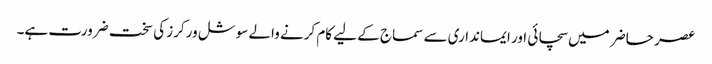
عصر حاضر میں سچائی اور ایمانداری سے سماج کے لیے کام کرنے والے سوشل ورکرز کی سخت ضرورت ہے۔